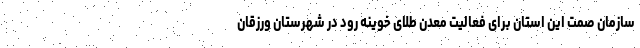
سازمان صمت این استان برای فعالیت معدن طلای خوینه رود در شهرستان ورزقان